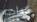
كتابته